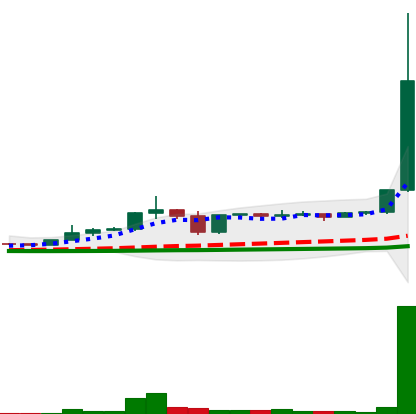
Ticker: DOGE-USD
Chart end date: 2021-01-02
Forward return: -8.224%
Label: down_7plus